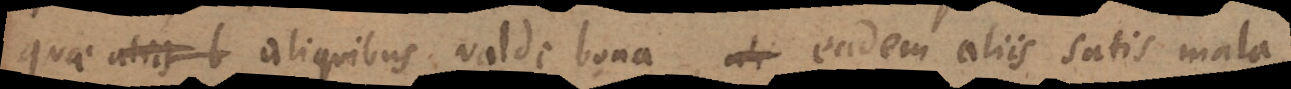
quae aliis b aliquibus valde bona, eadem aliis satis mala,